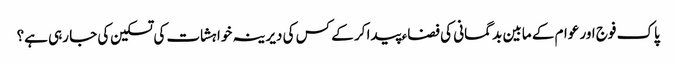
پاک فوج اور عوام کے مابین بد گمانی کی فضاء پیدا کر کے کس کی دیرینہ خواہشات کی تسکین کی جا رہی ہے؟